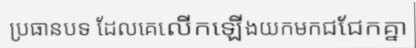
ប្រធានបទ ដែលគេលើកឡើងយកមកជជែកគ្នា